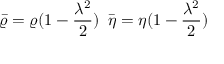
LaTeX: \bar { \varrho } = \varrho ( 1 - \frac { \lambda ^ { 2 } } { 2 } ) \, \, \, \bar { \eta } = \eta ( 1 - \frac { \lambda ^ { 2 } } { 2 } )